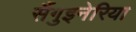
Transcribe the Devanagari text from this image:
सैंगुइनेरिया